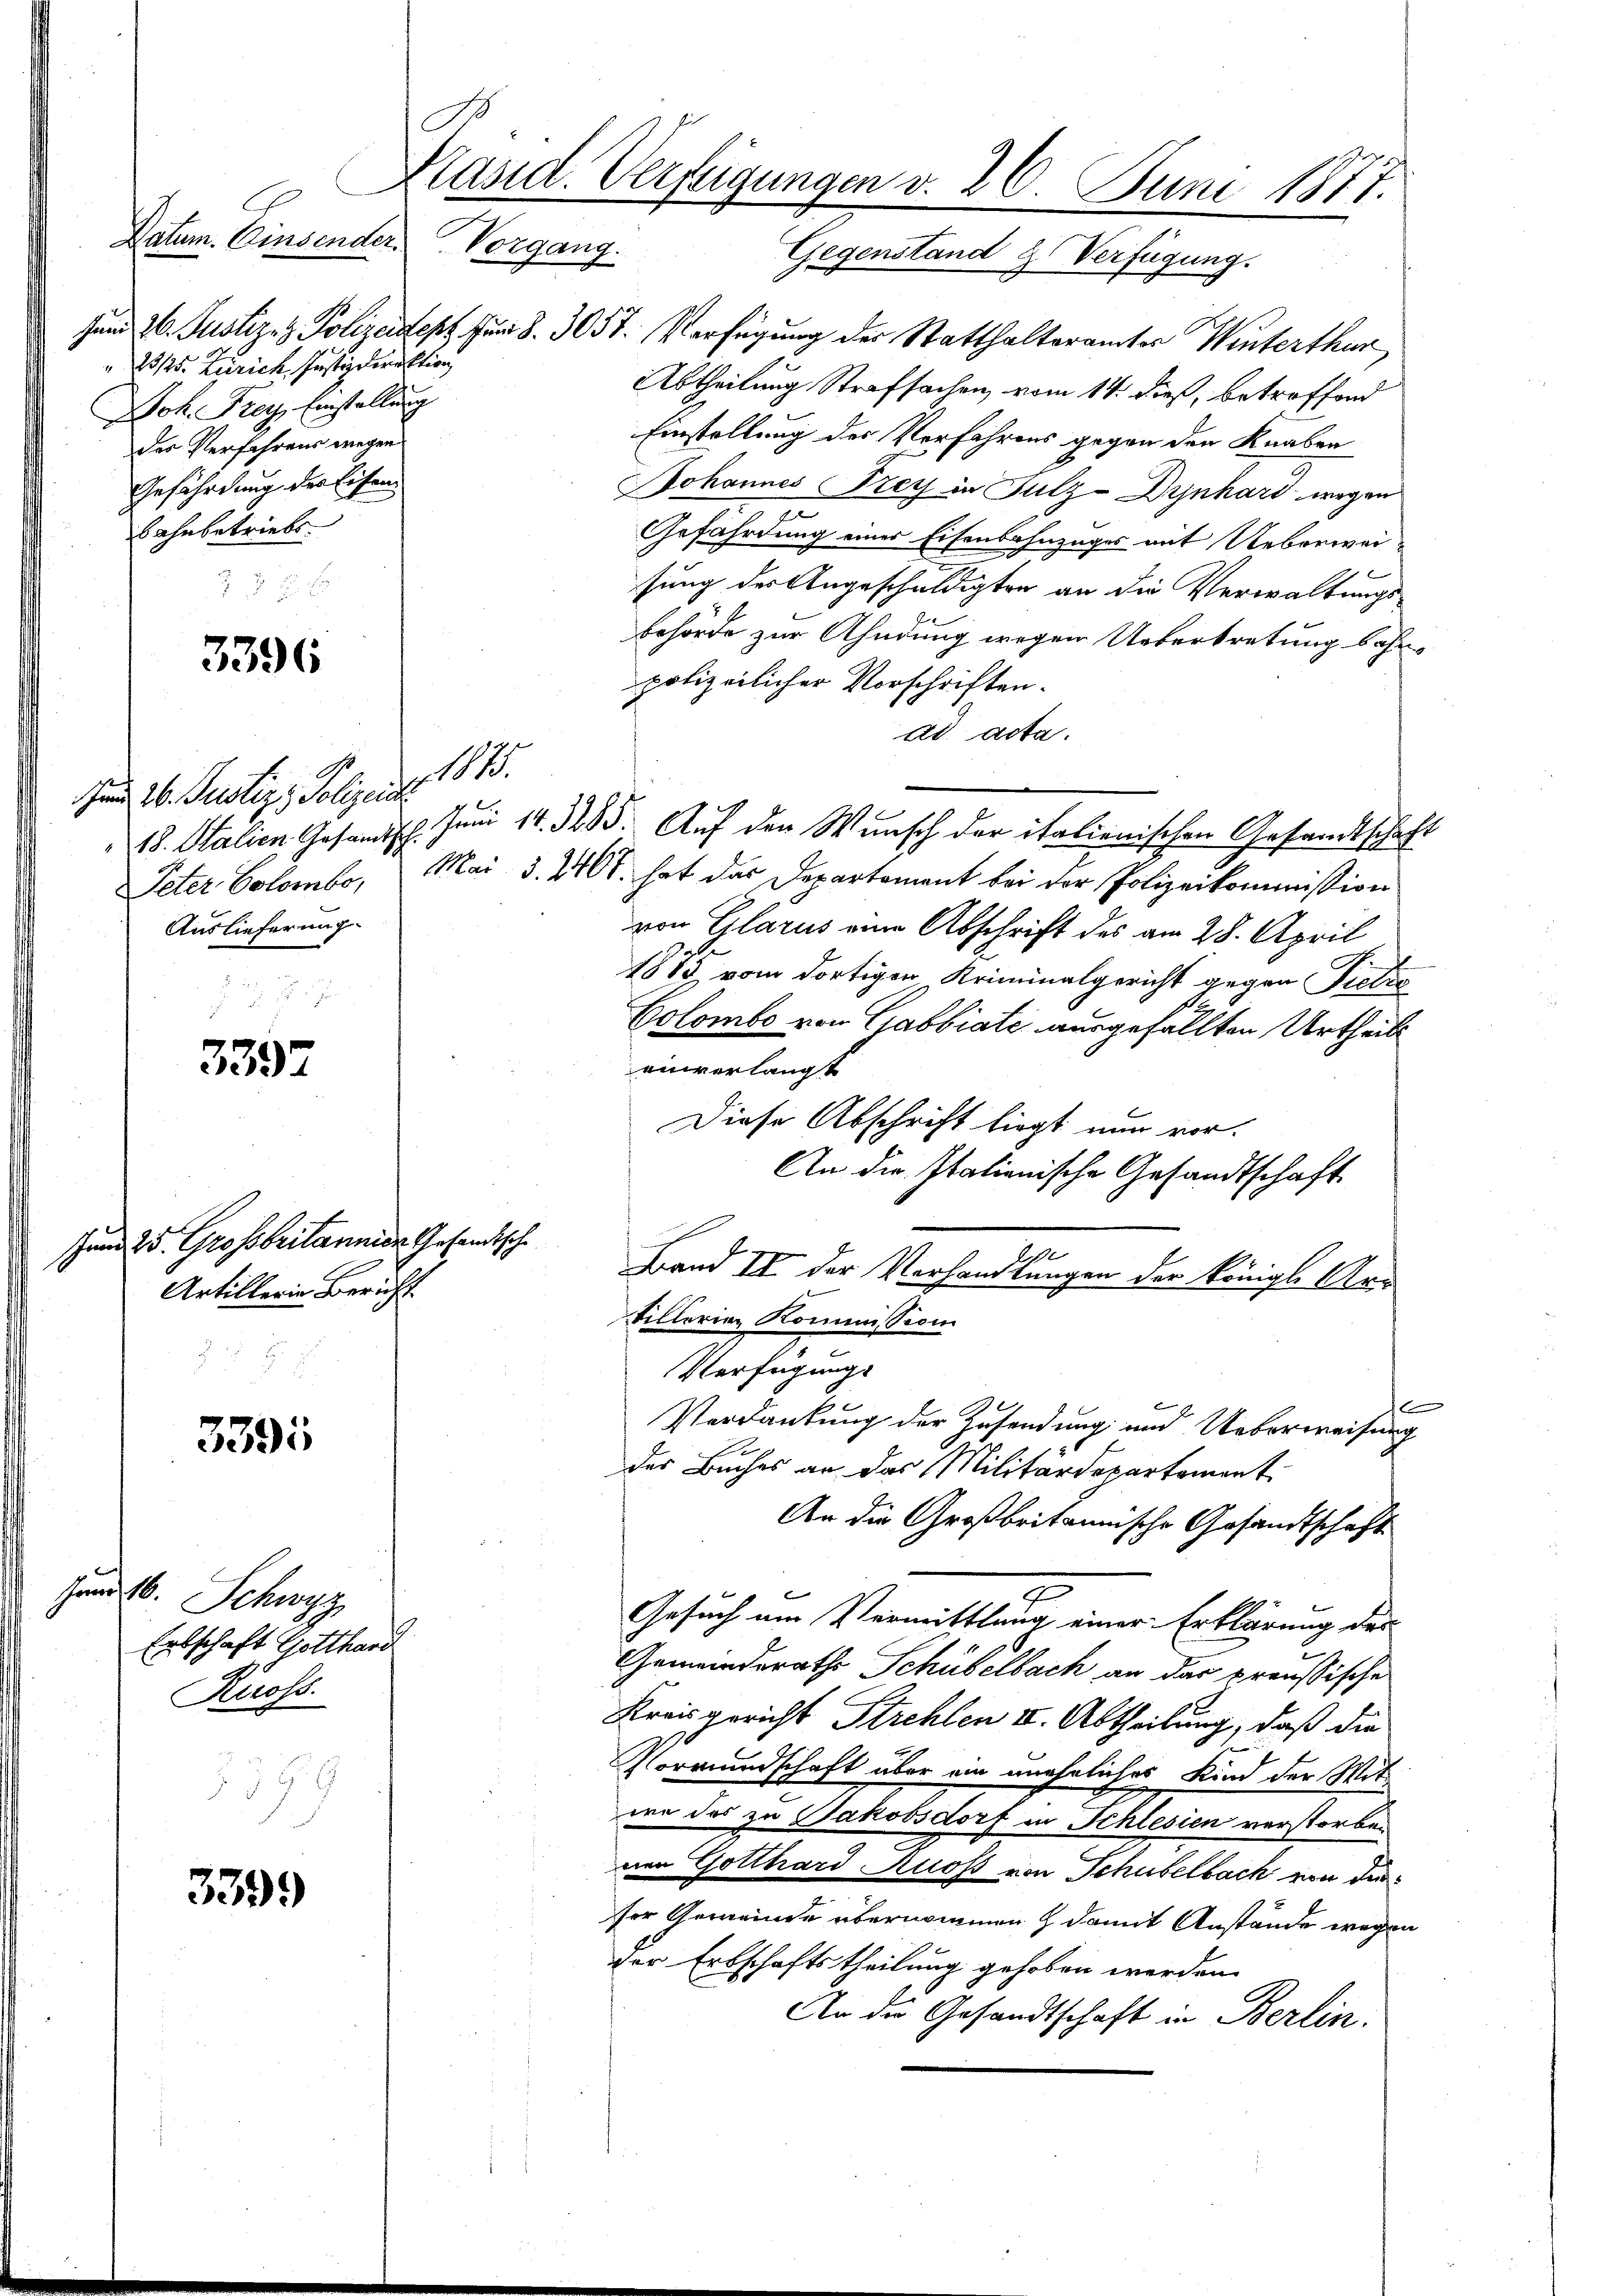
3396

Jund 26. Justiz, Polizeidi
Auslieferung.

3397

Jund 25. Grossbritannien Gesandtsche
Artillerin Bericht

3395

Hen 18.
Schwyz
Erbschaft Gotthard
2
Kioss.

3399

Käsid. Verfügungen v. 26. Juni 1877.
Datum. Einsender Vorgang.
Gegenstand & Verfügung.

H

H

23/25. Zürich Justizdirektion
Joh. Frey. Einstellung
des Verfahrens wegen
Gefährdung der Eisen
bahnbetriebe.

Jund 26. Justiz- & Polizeides für 8. 305. Verfügung der Statthalteramter Winterthur
Abtheilung Strafsachen vom 14. dieß, betroffend
Einstellung des Verfahrens gegen den Knaben
Johannes Frey in Fulz-Drinhard wegen
7
Gefährdung einer Eisenbahnzuges mit Ueberweisung der Angeschuldigten an die Verwaltungs-
behörde zur Ahndung wegen Uebertretung bahnpolizeilicher Vorschriften.
ad acta.
18. Stalien Gesandtsch. Juni 14. 385. Auf den Wunsch der italienischen Gesandtschaft
Peter Colombe, Mai d. 2400. hat das Departement bei der Polizeikommission
von Glarus eine Abschrift des am 28. April
1885 vom dortigen Kriminalgericht gegen Gelie
Colombe von Grabbiate ausgefällten Urtheils
einverlangt
Diese Abschrift liegt nur vor.
An die Italienische Gesandtschaft
¬
9
Band II der Verhandlungen der Königl. Arr
tillerien Kommission
Verfügung
E
b
Verdankung der Zusendung und Ueberweisung
des Buches an das Militärdepartement
An die Großbritannische Gesandtschaft
z
Gesuch am Vermittlung einer Erklärung des
Gemeinderaths Schübelbach an das preussische
Kreisgericht Strehlen II. Abtheilung, daß die
Vormundschaft über ein unehrliches Kind der Mitwe das zu Jakobsdorf in Schlesien verstorben
nen Gotthard Ross von Schubelbach von der
ser Gemeinde übernommen, damit Anstände wegen
der Erbschaftstheilung gehoben werden.
An die Gesandtschaft in Berlin.

11